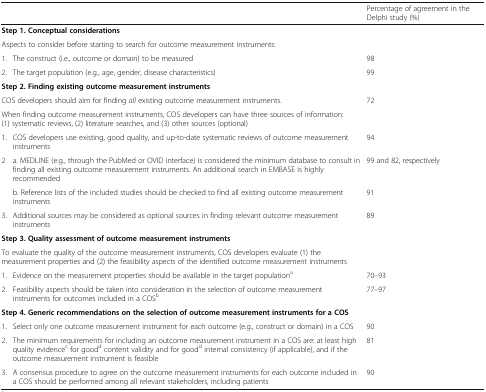
<table><thead><tr><td colspan="2"></td><td><b>Percentage of agreement in the Delphi study (%)</b></td></tr></thead><tbody><tr><td colspan="3"><b>Step 1. Conceptual considerations</b></td></tr><tr><td colspan="3">Aspects to consider before starting to search for outcome measurement instruments:</td></tr><tr><td>1.</td><td>The construct (i.e., outcome or domain) to be measured</td><td>98</td></tr><tr><td>2.</td><td>The target population (e.g., age, gender, disease characteristics)</td><td>99</td></tr><tr><td colspan="3"><b>Step 2. Finding existing outcome measurement instruments</b></td></tr><tr><td colspan="2">COS developers should aim for finding <i>all</i> existing outcome measurement instruments.</td><td>72</td></tr><tr><td colspan="2">When finding outcome measurement instruments, COS developers can have three sources of information: (1) systematic reviews, (2) literature searches, and (3) other sources (optional)</td><td></td></tr><tr><td>1.</td><td>COS developers use existing, good quality, and up-to-date systematic reviews of outcome measurement instruments</td><td>94</td></tr><tr><td rowspan="2">2</td><td>a. MEDLINE (e.g., through the PubMed or OVID interface) is considered the minimum database to consult in finding all existing outcome measurement instruments. An additional search in EMBASE is highly recommended</td><td>99 and 82, respectively</td></tr><tr><td>b. Reference lists of the included studies should be checked to find all existing outcome measurement instruments</td><td>91</td></tr><tr><td>3.</td><td>Additional sources may be considered as optional sources in finding relevant outcome measurement instruments</td><td>89</td></tr><tr><td colspan="3"><b>Step 3. Quality assessment of outcome measurement instruments</b></td></tr><tr><td colspan="2">To evaluate the quality of the outcome measurement instruments, COS developers evaluate (1) the measurement properties and (2) the feasibility aspects of the identified outcome measurement instruments</td><td></td></tr><tr><td>1.</td><td>Evidence on the measurement properties should be available in the target population<sup>a</sup></td><td>70–93</td></tr><tr><td>2.</td><td>Feasibility aspects should be taken into consideration in the selection of outcome measurement instruments for outcomes included in a COS<sup>b</sup></td><td>77–97</td></tr><tr><td colspan="3"><b>Step 4. Generic recommendations on the selection of outcome measurement instruments for a COS</b></td></tr><tr><td>1.</td><td>Select only one outcome measurement instrument for each outcome (e.g., construct or domain) in a COS</td><td>90</td></tr><tr><td>2.</td><td>The minimum requirements for including an outcome measurement instrument in a COS are: at least high quality evidence<sup>c</sup> for good<sup>d</sup> content validity and for good<sup>d</sup> internal consistency (if applicable), and if the outcome measurement instrument is feasible</td><td>81</td></tr><tr><td>3.</td><td>A consensus procedure to agree on the outcome measurement instruments for each outcome included in a COS should be performed among all relevant stakeholders, including patients</td><td>90</td></tr></tbody></table>